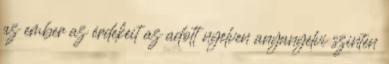
az ember az érdekeit az adott nyelven anyanyelvi szinten